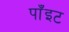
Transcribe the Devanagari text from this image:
पाँइट